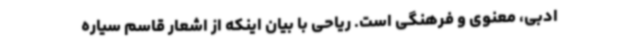
ادبی، معنوی و فرهنگی است. ریاحی با بیان اینکه از اشعار قاسم سیاره